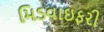
મિડવાઇફરી